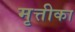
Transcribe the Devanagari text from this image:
मृत्तीका